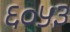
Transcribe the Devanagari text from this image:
६०५३